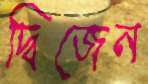
দ্বিজেন